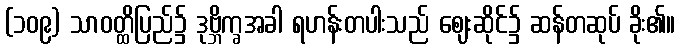
(၁၀၉) သာဝတ္ထိပြည်၌ ဒုဗ္ဘိက္ခအခါ ရဟန်းတပါးသည် ဈေးဆိုင်၌ ဆန်တဆုပ် ခိုး၏။